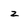
Character: z